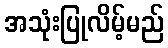
အသုံးပြုလိမ့်မည်